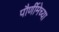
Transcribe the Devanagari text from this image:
पौर्णीमेच्या